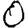
Digit: 0